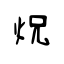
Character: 炾